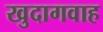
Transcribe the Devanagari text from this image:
खुदागवाह